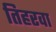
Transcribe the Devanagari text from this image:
तिहरवा